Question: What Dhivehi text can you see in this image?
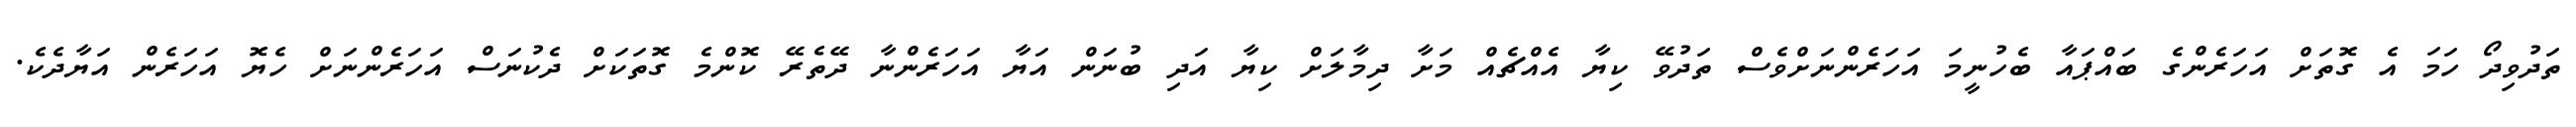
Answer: ތަދުވިދޯ ހަމަ އެ ގޮތަށް އަހަރެންގެ ބައްޕައާ ބެހުނީމަ އަހަރެންނަށްވެސް ތަދުވޭ ކިޔާ އެއްޗެއް މަށާ ދިމާލަށް ކިޔާ އަދި ބުނަން އަޔާ އަހަރެންނާ ދޭތެރޭ ކޮންމެ ގޮތަކަށް ދެކުނަސް އަހަރެންނަށް ހެޔޮ އަހަރެން އަޔާދެކެ.